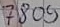
Text: 7809